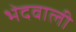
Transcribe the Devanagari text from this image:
भेदवाली